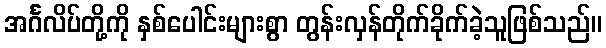
အင်္ဂလိပ်တို့ကို နှစ်ပေါင်းများစွာ တွန်းလှန်တိုက်ခိုက်ခဲ့သူဖြစ်သည်။